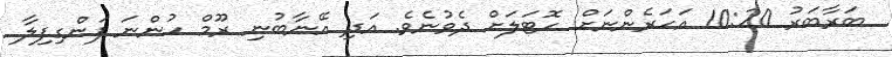
ބަރާބަރު 10:20 އަހަރެންނަށް ހޮޓަލަށް ދެވުނެވެ. އަދި އޭނާބުނި ރޫމް ހުންނަ ފަންގިފިލާ